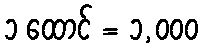
၁ ထောင် = ၁,၀၀၀